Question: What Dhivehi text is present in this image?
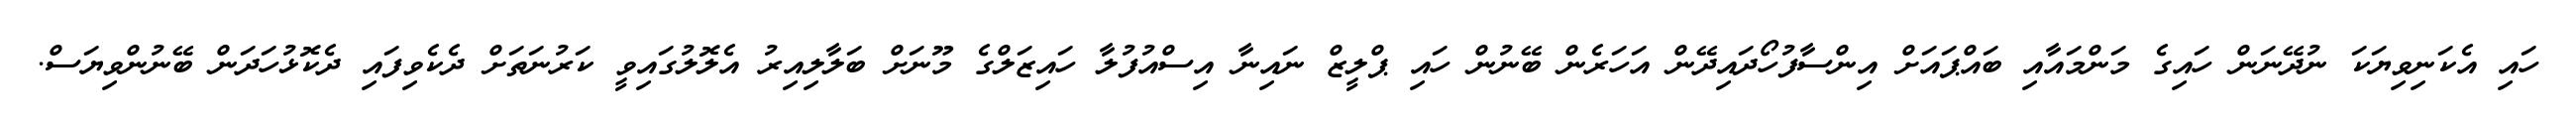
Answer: ހައި އެކަނިވިޔަކަ ނުދޭނަން ހައިގެ މަންމައާއި ބައްޕައަށް އިންސާފުހޯދައިދޭން އަހަރެން ބޭނުން ހައި ޕްލީޒް ނައިނާ އިސްއުފުލާ ހައިޒަލްގެ މޫނަށް ބަލާލިއިރު އެލޮލުގައިވީ ކަރުނަތަށް ދެކެވިފައި ދެކޮޅުހަދަން ބޭނުންވިޔަސް.